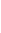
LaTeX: M\! \! \! \! \! \! \! \! \! \! \! \! (\! \! \! \! \! \! \! \! \! \! \! \! 0\! \! \! \! \! \! \! \! \! \! \! \! )\! \! \! \! \! \! \! \! \! \! \! \! =\! \! \! \! \! \! \! \! \! \! \! \! [d\! \! \! \! \! \! \! \! \! \! \! \! \alpha\! \! \! \! \! \! \! \! \! \! \! \! (\! \! \! \! \! \! \! \! \! \! \! \! \theta\! \! \! \! \! \! \! \! \! \! \! \! (\! \! \! \! \! \! \! \! \! \! \! \! 0\! \! \! \! \! \! \! \! \! \! \! \! )\! \! \! \! \! \! \! \! \! \! \! \! )\! \! \! \! \! \! \! \! \! \! \! \! ]\! \! \! \! \! \! \! \! \! \! \! \! ^{\! \! \! \! \! \! \! \! \! \! \! \! -\! \! \! \! \! \! \! \! \! \! \! \! 1}\! \! \! \! \! \! \! \! \! \! \!